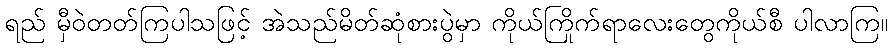
ရည် မှီဝဲတတ်ကြပါသဖြင့် အဲသည်မိတ်ဆုံစားပွဲမှာ ကိုယ်ကြိုက်ရာလေးတွေကိုယ်စီ ပါလာကြ။